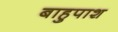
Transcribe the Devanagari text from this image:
बाहुपाश